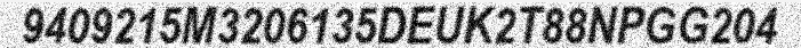
9409215M3206135DEUK2T88NPGG204